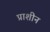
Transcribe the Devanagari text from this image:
प्राशीन